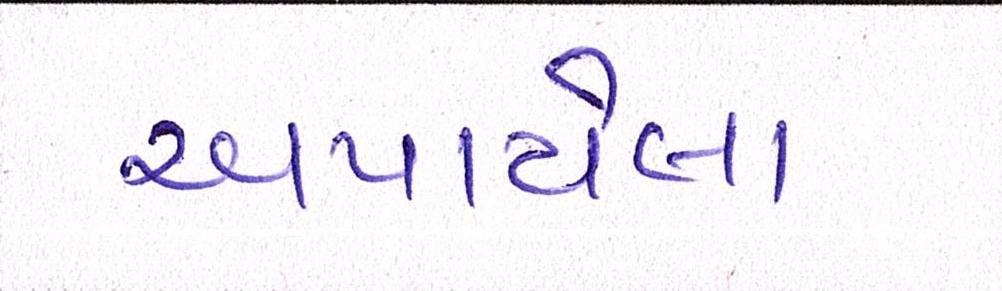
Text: અપાયેલા